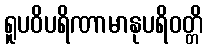
ရူပဝိပရိဏာမာနုပရိဝတ္တိ